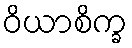
ဝိယာစိက္ခ